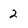
Character: 2